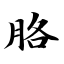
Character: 胳